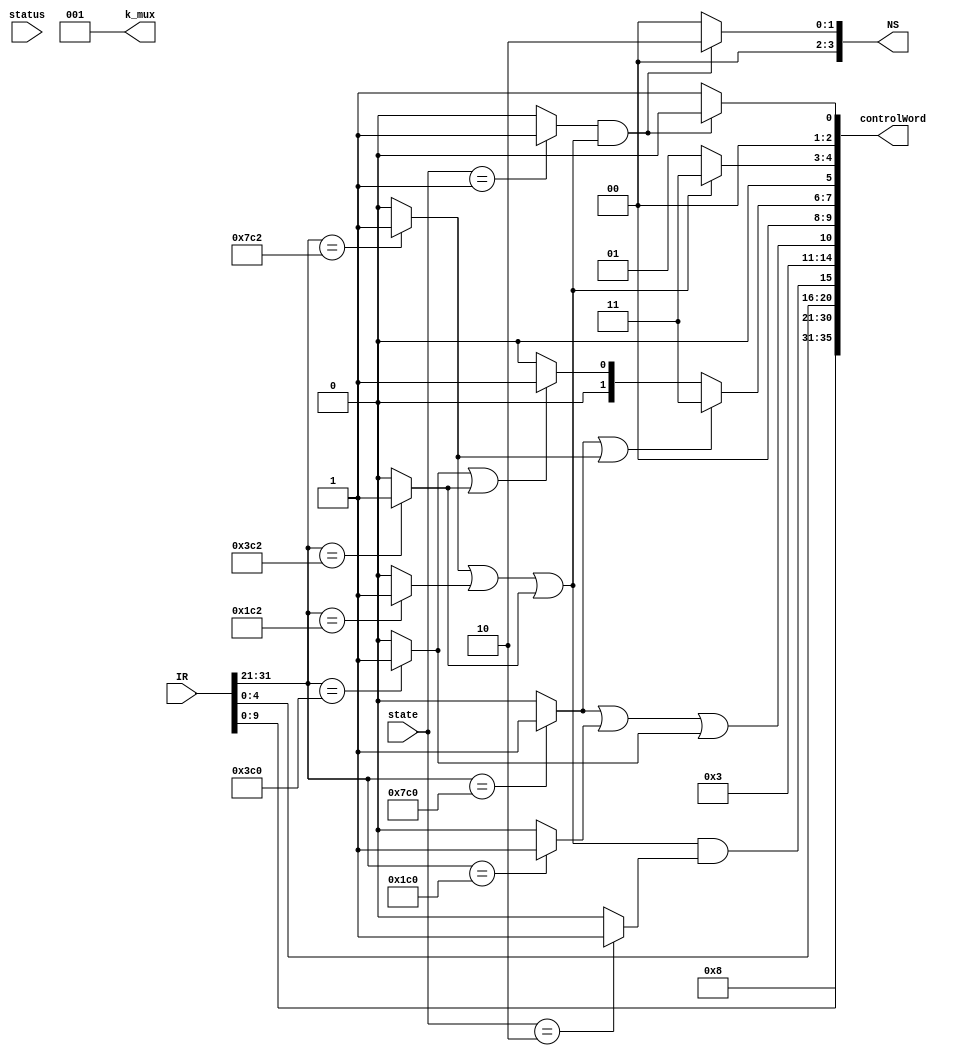
module CU_LS (IR, state, status, NS, k_mux, controlWord);
//----DP_reg_sel
parameter CUL = 35;
input [3:0] state;
input [3:0] status; 
input [31:0] IR;
output [2:0] k_mux;
output [3:0] NS;
output [CUL:0] controlWord;

wire [10:0] opcode = IR[31:21];

wire [4:0] FS;

wire STUR =  (opcode == 11'b11111000000) ? 1'b1 : 1'b0;
wire LDUR =  (opcode == 11'b11111000010) ? 1'b1 : 1'b0;
wire STURB = (opcode == 11'b00111000000) ? 1'b1 : 1'b0;
wire LDURB = (opcode == 11'b00111000010) ? 1'b1 : 1'b0;
wire STURH = (opcode == 11'b01111000000) ? 1'b1 : 1'b0;
wire LDURH = (opcode == 11'b01111000010) ? 1'b1 : 1'b0;

wire EX0 = (state == 4'b0001) ? 1'b1 : 1'b0;
wire EX1 = (state == 4'b0010) ? 1'b1 : 1'b0;

wire STORES =  STUR|STURB|STURH;
wire LOADS = LDUR|LDURB|LDURH;

assign FS = 5'b01000;
wire [3:0] NS;
assign NS = (EX0&LOADS) ? 4'b0010 : 4'b0000; 
wire [4:0] SA           = IR[9:5];
wire [4:0] SB           = IR[4:0];
wire [4:0] DA           = IR[4:0];
wire w_reg              = LOADS&EX1;
wire C0                 = 1'b0;
wire [1:0] mem_cs       = 2'b01;
wire B_Sel              = 1'b1;
wire mem_write_en       = STORES;
wire IR_load            = 1'b0;
wire status_load        = 1'b0;
wire [1:0] size         = (STUR|LDUR)  ? 2'b11 :
								  (STURH|LDURH)? 2'b01 : 2'b00;
				  
wire add_tri_sel        = 1'b0;
wire [1:0] data_tri_sel = (LOADS) ? 2'b11 : 2'b01;
wire PC_sel             = 1'b0;
wire [1:0] PC_FS        = (LOADS&EX0) ? 2'b00 : 2'b01;
wire [2:0] k_mux        = 3'b001;

wire [CUL:0] controlWord = {FS, SA, SB, DA, w_reg, C0, mem_cs, B_Sel, mem_write_en, IR_load, status_load, size, add_tri_sel, data_tri_sel, PC_sel, PC_FS};

endmodule